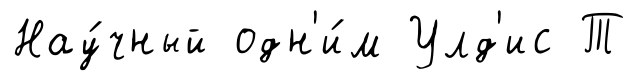
Нау́чный одн'и́м Улд'ис Т